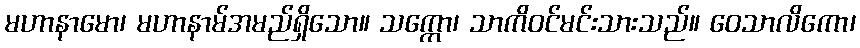
မဟာနာမော၊ မဟာနာမ်အမည်ရှိသော။ သက္ကော၊ သာကိဝင်မင်းသားသည်။ ဝေသာလိကော၊